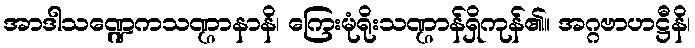
အာဒါသဏ္ဍေကသဏ္ဌာနာနိ၊ ကြေးမုံရိုးသဏ္ဌာန်ရှိကုန်၏။ အဂ္ဂဗာဟဋ္ဌီနိ၊